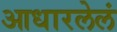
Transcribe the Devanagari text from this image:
आधारलेलं